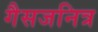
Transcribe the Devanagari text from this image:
गैसजनित्र